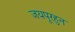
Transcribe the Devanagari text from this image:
जयपूरहुन